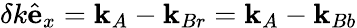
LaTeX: \delta k\hat{\mathbf e}_{x}={\mathbf k}_{A}-{\mathbf k}_{Br}={\mathbf k}_{A}-{\mathbf k}_{Bb}